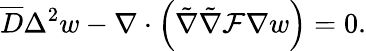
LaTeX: \overline{{D}}\Delta^{2}w-\nabla\cdot\left(\tilde{\nabla}\tilde{\nabla}\mathcal{F}\nabla w\right)=0.